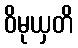
ဝိမုယှတိ